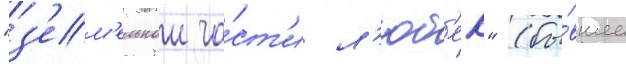
"з'ем'ельнои ча́ст'и л'юб'ек" (бы́вшее